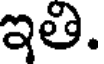
ఇతి.